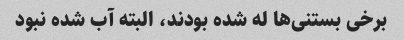
برخی بستنی‌ها له شده بودند، البته آب شده نبود